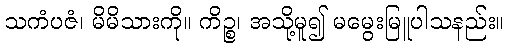
သကံပဇံ၊ မိမိသားကို။ ကိဉ္စ၊ အသို့မူ၍ မမွေးမြူပါသနည်း။